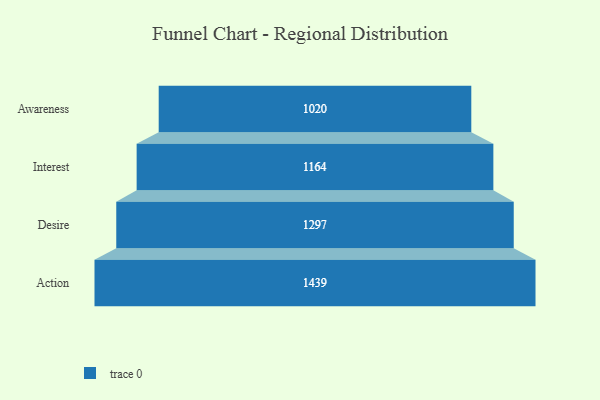
{"axis": {"x": "Stage", "y": "Value"}, "legend": [""], "data": [{"x": "Awareness", "y": 1020.0, "type": ""}, {"x": "Interest", "y": 1164.0, "type": ""}, {"x": "Desire", "y": 1297.0, "type": ""}, {"x": "Action", "y": 1439.0, "type": ""}]}